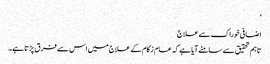
‘
اضافی خوراک سےعلاج
تاہم تحقیق سے سامنے آیا ہے کہ عام زکام کے علاج میں اس سے فرق پڑتا ہے۔